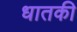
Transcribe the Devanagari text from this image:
धातकी